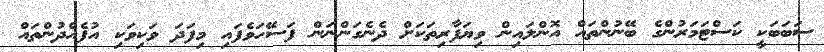
ސަބަބަކީ ކަސްޓަމަރުންގެ ބޭނުންތައް އޮންލައިން ވިޔަފާރިތަކަށް ދެނެގަންނަން ފަސޭހަވެފައި މިފަދަ ވަކިވަކި އުފެއްދުންތައް